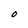
Character: O